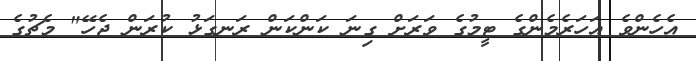
އެހެންވެ އަހަރެމެންގެ ޓީމުގެ ވަރަށް ގިނަ ކަންކަން ރަނގަޅު ކުރަން ޖެހޭ" މެޗުގެ